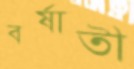
বর্ষাতী